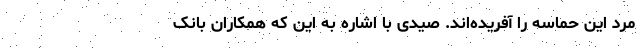
مرد این حماسه را آفریده‌اند. صیدی با اشاره به این که همکاران بانک